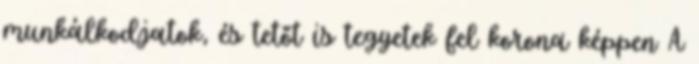
munkálkodjatok, és tetőt is tegyetek fel korona képpen A